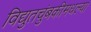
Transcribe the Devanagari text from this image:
विद्युतचुंबकीमधल्या